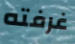
غرفته